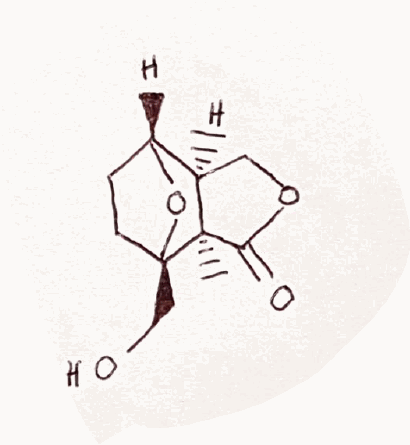
Simplified molecular-input line-entry system (SMILES) notation of the given molecule:
C[C@]12[C@H](COC1=O)[C@H]3CC[C@@]2(O3)CO